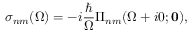
\sigma _ { n m } ( \Omega ) = - i \frac { \hbar } { \Omega } \Pi _ { n m } ( \Omega + i 0 ; \mathbf { 0 } ) ,